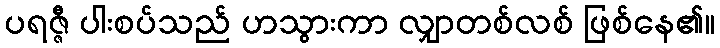
ပရဇ္ဇီ ပါးစပ်သည် ဟသွားကာ လျှာတစ်လစ် ဖြစ်နေ၏။